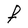
Character: F